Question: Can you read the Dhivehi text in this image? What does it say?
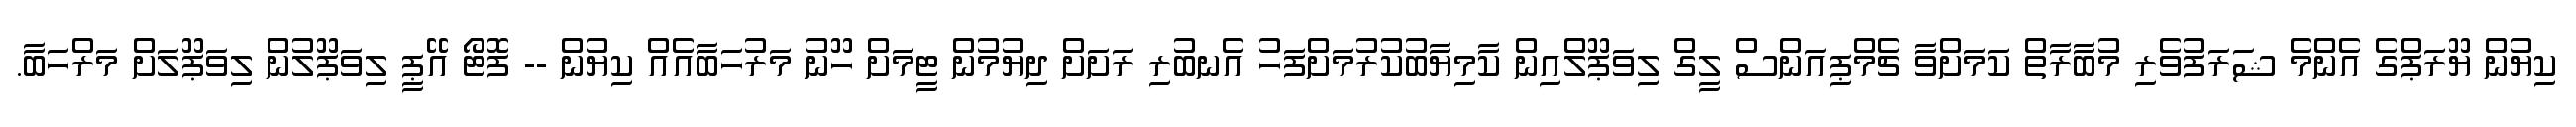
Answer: ކިޔުން ޔޫރަޕްގެ އެންމެ ޝަރަފުވެރި މުބާރާތް ކަމަށްވާ ޗެމްޕިއަންސް ލީގް ލިވަޕޫލްއިން ކާމިޔާބުކުރުމަށްފަހު އެނބުރި ރަށަށް ދިޔުމުން ޓީމަށް ހޫނު މަރުހަބާއެއް ކިޔުން -- ފޮޓޯ އޭޕީ ލިވަޕޫލުން ލިވަޕޫލަށް މަރްހަބާ.